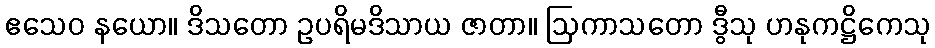
ဧသေဝ နယော။ ဒိသတော ဥပရိမဒိသာယ ဇာတာ။ ဩကာသတော ဒွီသု ဟနုကဋ္ဌိကေသု